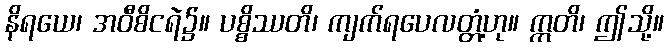
နိရယေ၊ အဝီစိငရဲ၌။ ပစ္စိဿတိ၊ ကျက်ရပေလတ္တံ့ဟု။ ဣတိ၊ ဤသို့။